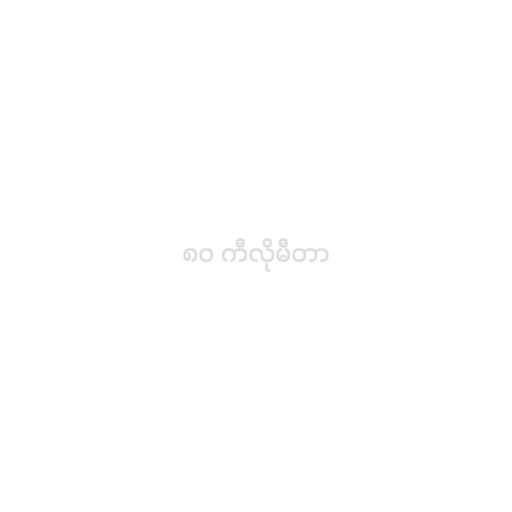
၈၀ ကီလိုမီတာ